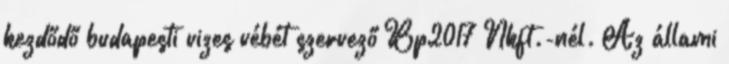
kezdődő budapesti vizes vébét szervező Bp2017 Nkft.-nél. Az állami